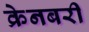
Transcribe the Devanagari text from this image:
क्रेनबरी